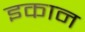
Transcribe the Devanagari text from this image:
इकान